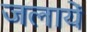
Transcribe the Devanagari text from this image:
जलायें